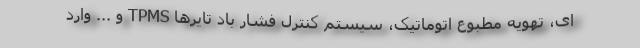
ای، تهویه مطبوع اتوماتیک، سیستم کنترل فشار باد تایرها TPMS و ... وارد